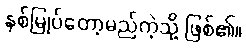
နစ်မြုပ်တော့မည်ကဲ့သို့ ဖြစ်၏။